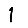
Digit: 1